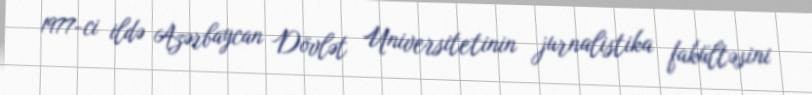
1977-ci ildə Azərbaycan Dövlət Universitetinin jurnalistika fakültəsini